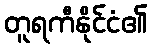
တူရကီနိုင်ငံ၏